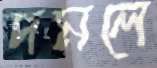
দমলে